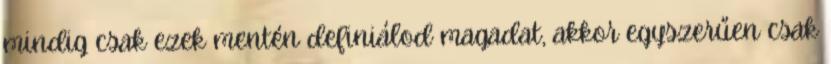
mindig csak ezek mentén definiálod magadat, akkor egyszerűen csak